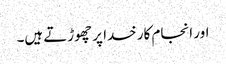
اور انجام کار خدا پر چھوڑتے ہیں۔